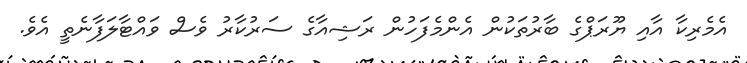
އެމެރިކާ އާއި ޔޫރަޕްގެ ބާރުތަކުން އެންމެފަހުން ރަޝިއާގެ ސަރުކާރު ވެސް ވައްޓާލަފާނެތީ އެވެ.